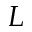
L